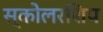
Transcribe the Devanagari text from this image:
स्कोलरशिप